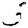
Digit: 5